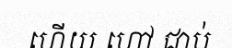
ហើយ ហៅ ជាប់